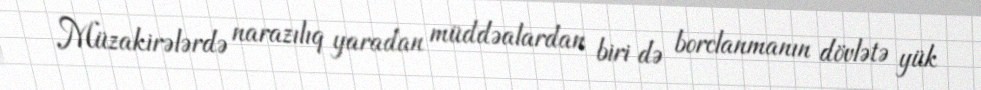
Müzakirələrdə narazılıq yaradan müddəalardan biri də borclanmanın dövlətə yük